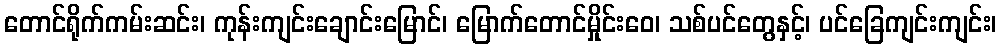
တောင်ရိုက်ကမ်းဆင်း၊ ကုန်းကျင်းချောင်းမြောင်၊ မြောက်တောင်မှိုင်းဝေ၊ သစ်ပင်တွေနှင့်၊ ပင်ခြေကျင်းကျင်း၊